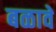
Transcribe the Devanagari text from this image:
बळावे